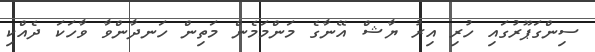
ސިންގަޕޫރުގައި ހުރި އިރު ޔާޝް އޭނާގެ މަންމަމެން މަތިން ހަނދާންވާ ވާހަކަ ދެއްކި